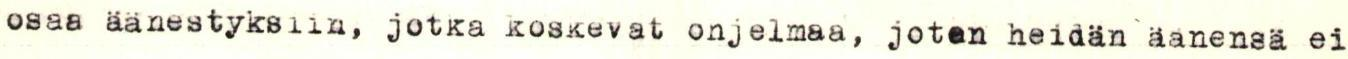
osaa äänestyksiin, jotka koskevat ohjelmaa, joten heidän äänensä ei